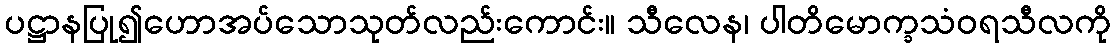
ပဋ္ဌာနပြု၍ဟောအပ်သောသုတ်လည်းကောင်း။ သီလေန၊ ပါတိမောက္ခသံဝရသီလကို